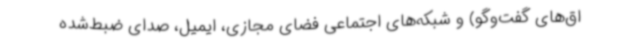
اق‌های گفت‌وگو) و شبکه‌های اجتماعی فضای مجازی، ایمیل، صدای ضبط‌شده